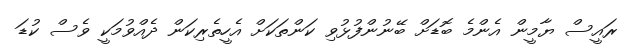
ރައީސް ޔާމީން އެންމެ ބޮޑަށް ބޭނުންފުޅުވި ކަންތަކަށް އެހީތެރިކަން ދެއްވުމަކީ ވެސް ކުޑަ